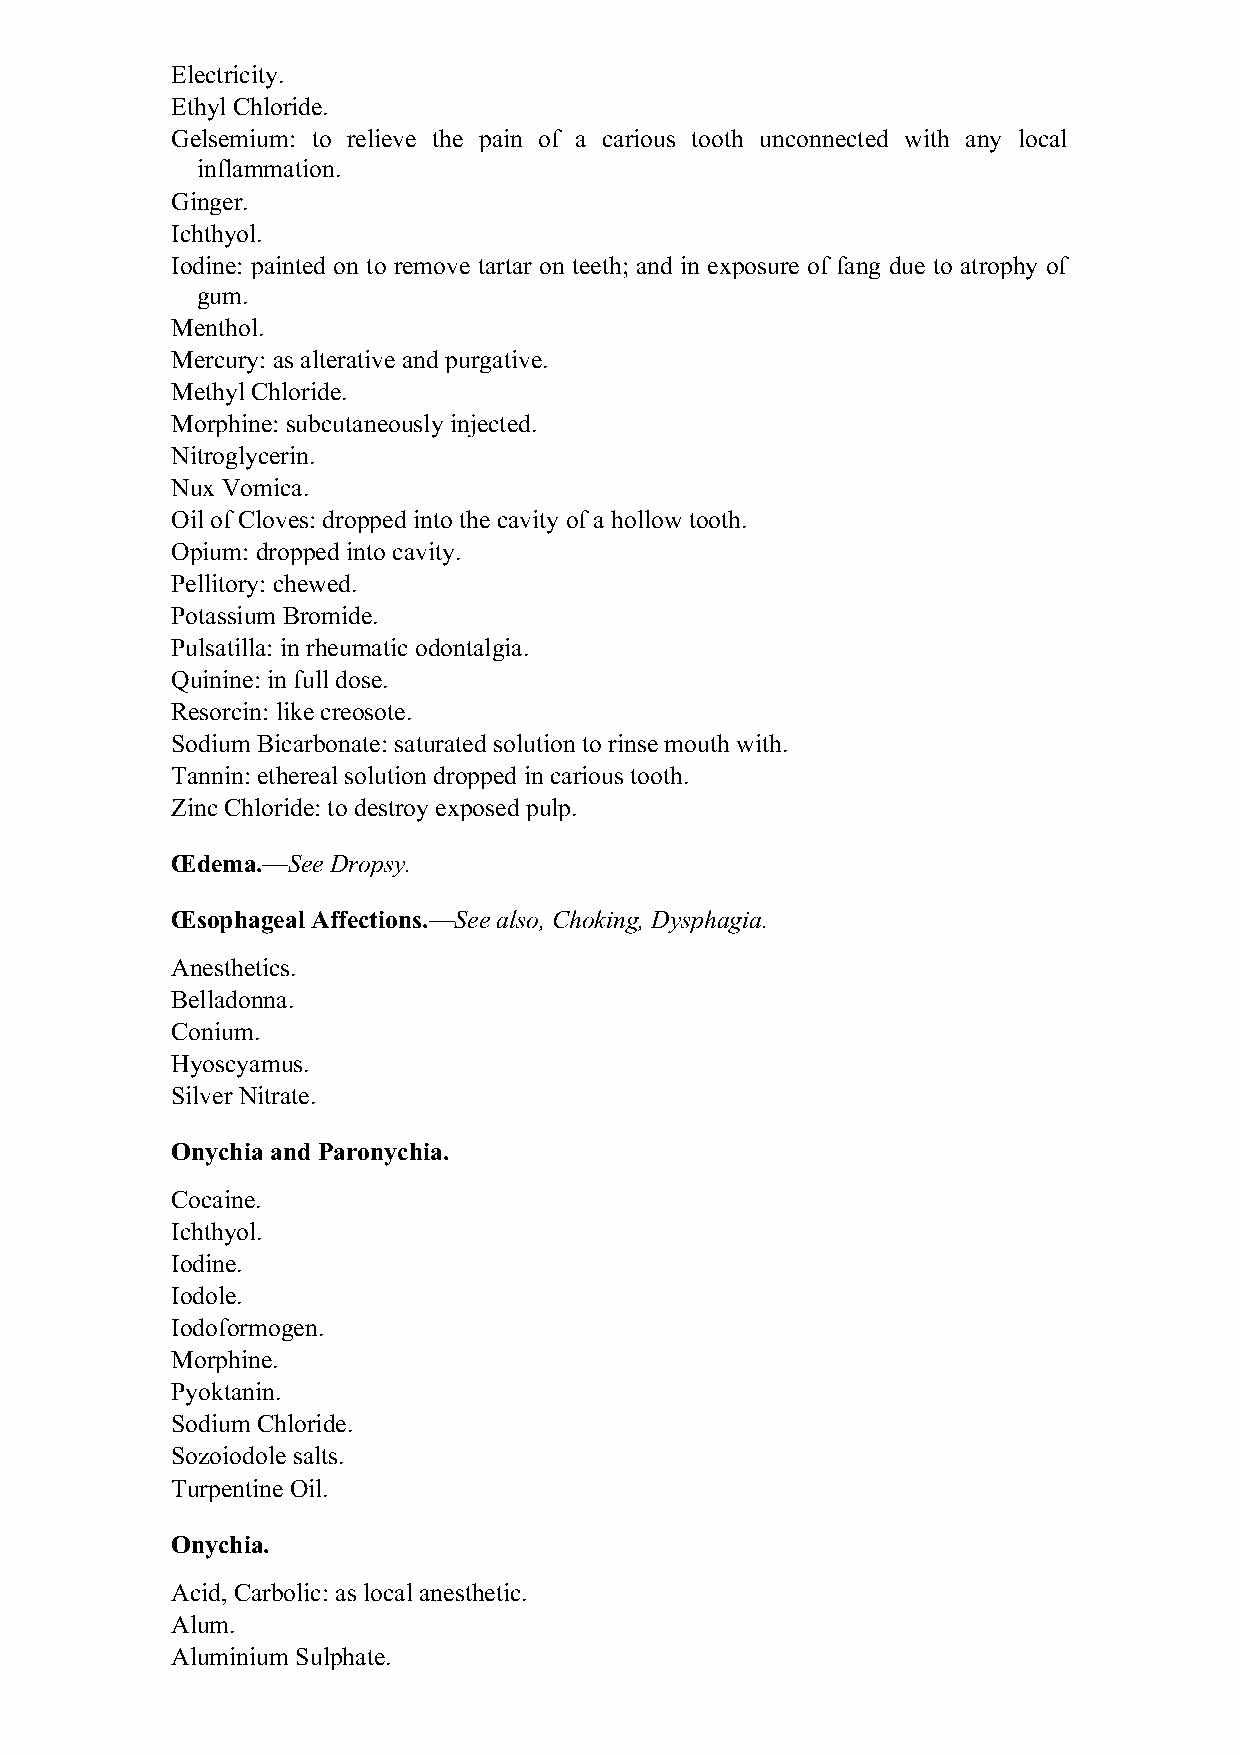
Electricity.
 Ethyl Chloride.
 Gelsemium: to relieve the pain of a carious tooth unconnected with any local
 inflammation.
 Ginger.
 Ichthyol.
 Iodine: painted on to remove tartar on teeth; and in exposure of fang due to atrophy of
 gum.
 Menthol.
 Mercury: as alterative and purgative.
 Methyl Chloride.
 Morphine: subcutaneously injected.
 Nitroglycerin.
 Nux Vomica.
 Oil of Cloves: dropped into the cavity of a hollow tooth.
 Opium: dropped into cavity.
 Pellitory: chewed.
 Potassium Bromide.
 Pulsatilla: in rheumatic odontalgia.
 Quinine: in full dose.
 Resorcin: like creosote.
 Sodium Bicarbonate: saturated solution to rinse mouth with.
 Tannin: ethereal solution dropped in carious tooth.
 Zinc Chloride: to destroy exposed pulp.
 Œdema.—See Dropsy.
 Œsophageal Affections.—See also, Choking, Dysphagia.
 Anesthetics.
 Belladonna.
 Conium.
 Hyoscyamus.
 Silver Nitrate.
 Onychia and Paronychia.
 Cocaine.
 Ichthyol.
 Iodine.
 Iodole.
 Iodoformogen.
 Morphine.
 Pyoktanin.
 Sodium Chloride.
 Sozoiodole salts.
 Turpentine Oil.
 Onychia.
 Acid, Carbolic: as local anesthetic.
 Alum.
 Aluminium Sulphate.